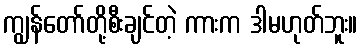
ကျွန်တော်တို့စီးချင်တဲ့ ကားက ဒါမဟုတ်ဘူး။